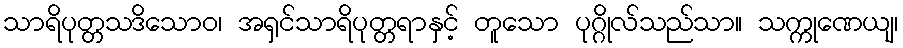
သာရိပုတ္တသဒိသောဝ၊ အရှင်သာရိပုတ္တရာနှင့် တူသော ပုဂ္ဂိုလ်သည်သာ။ သက္ကုဏေယျ၊